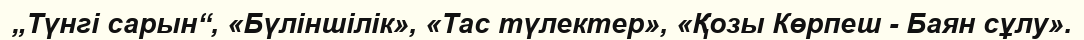
„Түнгі сарын“, «Бүліншілік», «Тас түлектер», «Қозы Көрпеш - Баян сұлу».